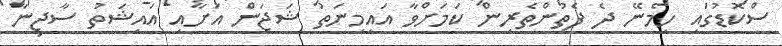
ސްކޮޑުގައި ހިމެނޭ ދެ ފެތުންތެރިން ކަމަށްވާ އައިމިނަތު ޝަޖަން އަށާއި އައިޝަތު ސާޖިނާ